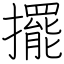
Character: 擺